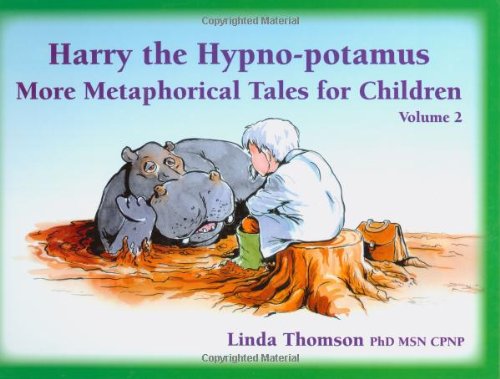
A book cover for Harry the Hypno-potamus: More Metaphorical Tales for Children (VOL 2); Linda Thomson; Health, Fitness & Dieting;